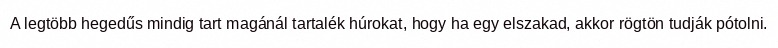
A legtöbb hegedűs mindig tart magánál tartalék húrokat, hogy ha egy elszakad, akkor rögtön tudják pótolni.